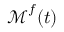
\boldsymbol { \mathcal { M } } ^ { f } ( t )